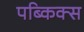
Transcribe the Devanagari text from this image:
पब्किक्स